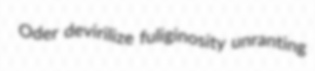
Oder devirilize fuliginosity unranting